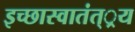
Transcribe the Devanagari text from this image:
इच्छास्वातंत््रय